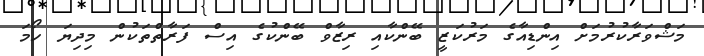
މަޝްވަރާކުރުމަށް އިންޑިއާގެ މަރުކަޒީ ބޭންކާއި ރިޒާވް ބޭންކުގެ އިސް ފަރާތްތަކުން މިދިޔަ ހޯމަ